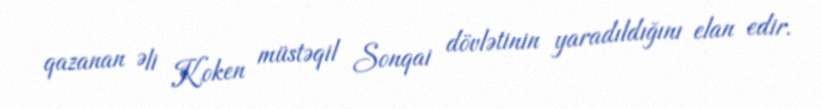
qazanan Əli Koken müstəqil Sonqai dövlətinin yaradıldığını elan edir.